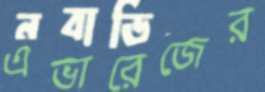
এভারেজের